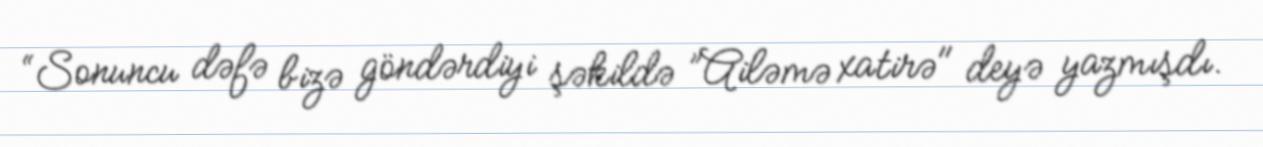
“Sonuncu dəfə bizə göndərdiyi şəkildə ”Ailəmə xatirə" deyə yazmışdı.